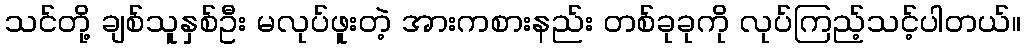
သင်တို့ ချစ်သူနှစ်ဦး မလုပ်ဖူးတဲ့ အားကစားနည်း တစ်ခုခုကို လုပ်ကြည့်သင့်ပါတယ်။